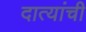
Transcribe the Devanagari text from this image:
दात्यांची